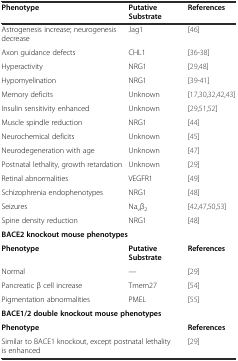
<table><thead><tr><td><b>Phenotype</b></td><td><b>Putative Substrate</b></td><td><b>References</b></td></tr></thead><tbody><tr><td>Astrogenesis increase; neurogenesis decrease</td><td>Jag1</td><td>[46]</td></tr><tr><td>Axon guidance defects</td><td>CHL1</td><td>[36-38]</td></tr><tr><td>Hyperactivity</td><td>NRG1</td><td>[29,48]</td></tr><tr><td>Hypomyelination</td><td>NRG1</td><td>[39-41]</td></tr><tr><td>Memory deficits</td><td>Unknown</td><td>[17,30,32,42,43]</td></tr><tr><td>Insulin sensitivity enhanced</td><td>Unknown</td><td>[29,51,52]</td></tr><tr><td>Muscle spindle reduction</td><td>NRG1</td><td>[44]</td></tr><tr><td>Neurochemical deficits</td><td>Unknown</td><td>[45]</td></tr><tr><td>Neurodegeneration with age</td><td>Unknown</td><td>[47]</td></tr><tr><td>Postnatal lethality, growth retardation</td><td>Unknown</td><td>[29]</td></tr><tr><td>Retinal abnormalities</td><td>VEGFR1</td><td>[49]</td></tr><tr><td>Schizophrenia endophenotypes</td><td>NRG1</td><td>[48]</td></tr><tr><td>Seizures</td><td>Na<sub>v</sub>β<sub>2</sub></td><td>[42,47,50,53]</td></tr><tr><td>Spine density reduction</td><td>NRG1</td><td>[48]</td></tr><tr><td colspan="3"><b>BACE2 knockout mouse phenotypes</b></td></tr><tr><td><b>Phenotype</b></td><td><b>Putative Substrate</b></td><td><b>References</b></td></tr><tr><td>Normal</td><td>---</td><td>[29]</td></tr><tr><td>Pancreatic β cell increase</td><td>Tmem27</td><td>[54]</td></tr><tr><td>Pigmentation abnormalities</td><td>PMEL</td><td>[55]</td></tr><tr><td colspan="3"><b>BACE1/2 double knockout mouse phenotypes</b></td></tr><tr><td colspan="2"><b>Phenotype</b></td><td><b>References</b></td></tr><tr><td colspan="2">Similar to BACE1 knockout, except postnatal lethality is enhanced</td><td>[29]</td></tr></tbody></table>